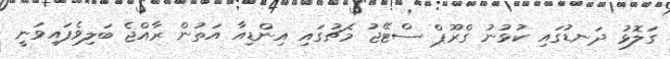
ގަލޮޅު ދަނޑުގައި ކުޅުނު ގްރޫޕް ސްޓޭޖު މެޗުގައި އިންޑިއާ އަތުން ރާއްޖެ ބަލިވެފައިވަނީ